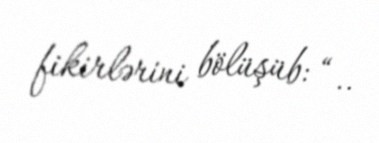
fikirlərini bölüşüb: “..